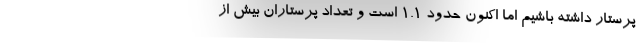
پرستار داشته باشیم اما اکنون حدود ۱.۱ است و تعداد پرستاران بیش از